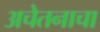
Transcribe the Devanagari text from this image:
अचेतनाचा